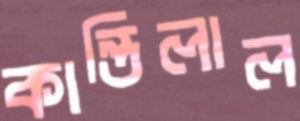
কান্তিলাল